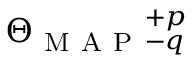
\Theta _ { \mathrm { ~ M ~ A ~ P ~ } } { } _ { - q } ^ { + p }